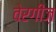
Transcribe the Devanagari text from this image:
वेरगीज़